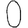
Digit: 0